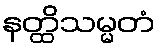
နတ္ထိသမ္မတံ